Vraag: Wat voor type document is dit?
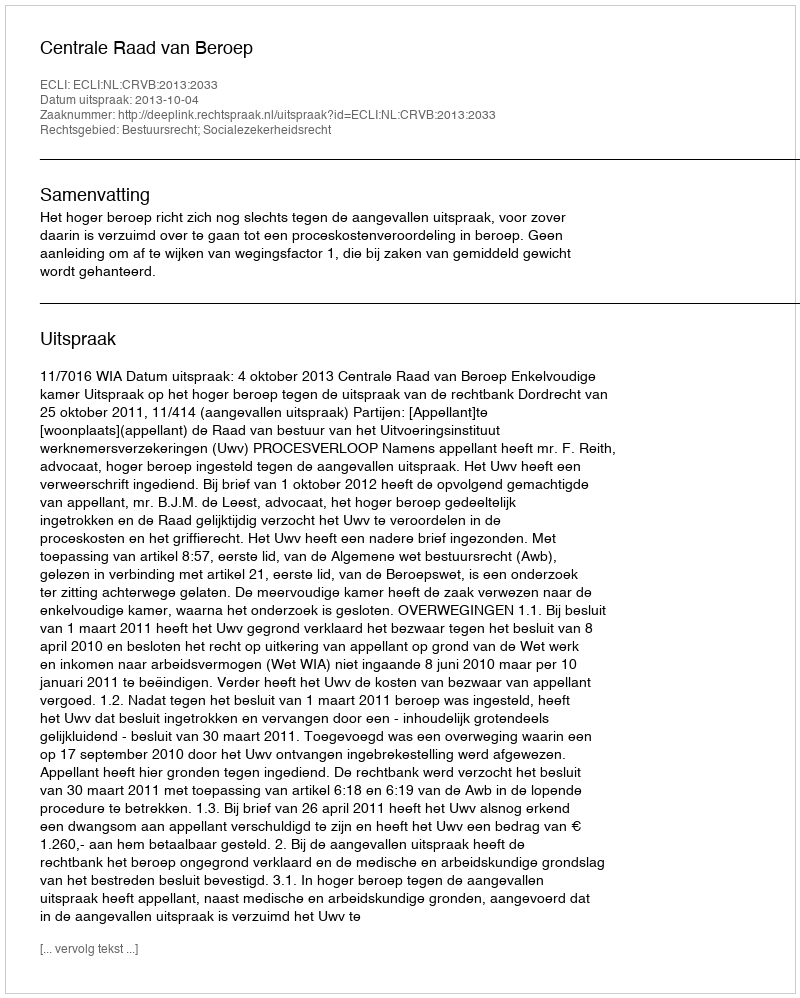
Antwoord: Uitspraak